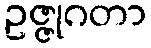
ဥဇ္ဇုဂတာ